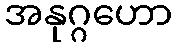
အနုဂ္ဂဟော